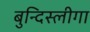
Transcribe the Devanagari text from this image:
बुन्दिस्लीगा